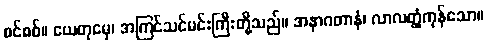
စင်စစ်။ ယေတုမှေ၊ အကြင်သင်မင်းကြီးတို့သည်။ အနာဂတာနံ၊ လာလတ္တံ့ကုန်သော။